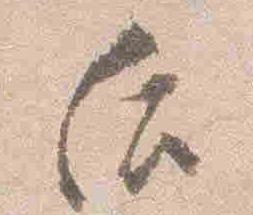
后